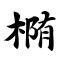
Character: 椭